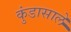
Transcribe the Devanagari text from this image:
कुंडासाले